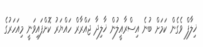
ޚިލާފް ވެގެން ކަމަށް ބުނެ އިސްރާއީލުން ޚާލިދާ ޖައްރާރް ހައްޔަރު ކޮށްފައިވަނީ މިއަހަރުގެ